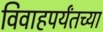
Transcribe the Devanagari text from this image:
विवाहपर्यंतच्या